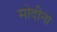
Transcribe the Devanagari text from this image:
मोदीना